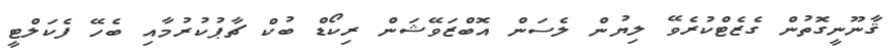
ޤާނޫނީގޮތުން ގެޒެޓްކުރެވޭ ލިޔުން ލެސަން އޮބްޒަވޭޝަން ރިކޯޑް ބުކް ޗާޕުކުރުމާއި ބެހޭ ފެކަލްޓީ